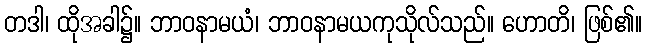
တဒါ၊ ထိုအခါ၌။ ဘာဝနာမယံ၊ ဘာဝနာမယကုသိုလ်သည်။ ဟောတိ၊ ဖြစ်၏။